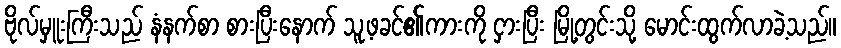
ဗိုလ်မှူးကြီးသည် နံနက်စာ စားပြီးနောက် သူ့ဖခင်၏ကားကို ငှားပြီး မြို့တွင်းသို့ မောင်းထွက်လာခဲ့သည်။